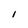
Character: I